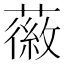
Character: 𫉪